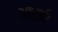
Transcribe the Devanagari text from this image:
आर्ई।